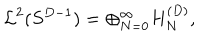
{ \cal L } ^ { 2 } ( S ^ { D - 1 } ) = \oplus _ { N = 0 } ^ { \infty } H _ { N } ^ { ( D ) } ,